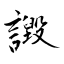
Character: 譭